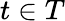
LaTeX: t\in T